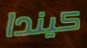
كيندا